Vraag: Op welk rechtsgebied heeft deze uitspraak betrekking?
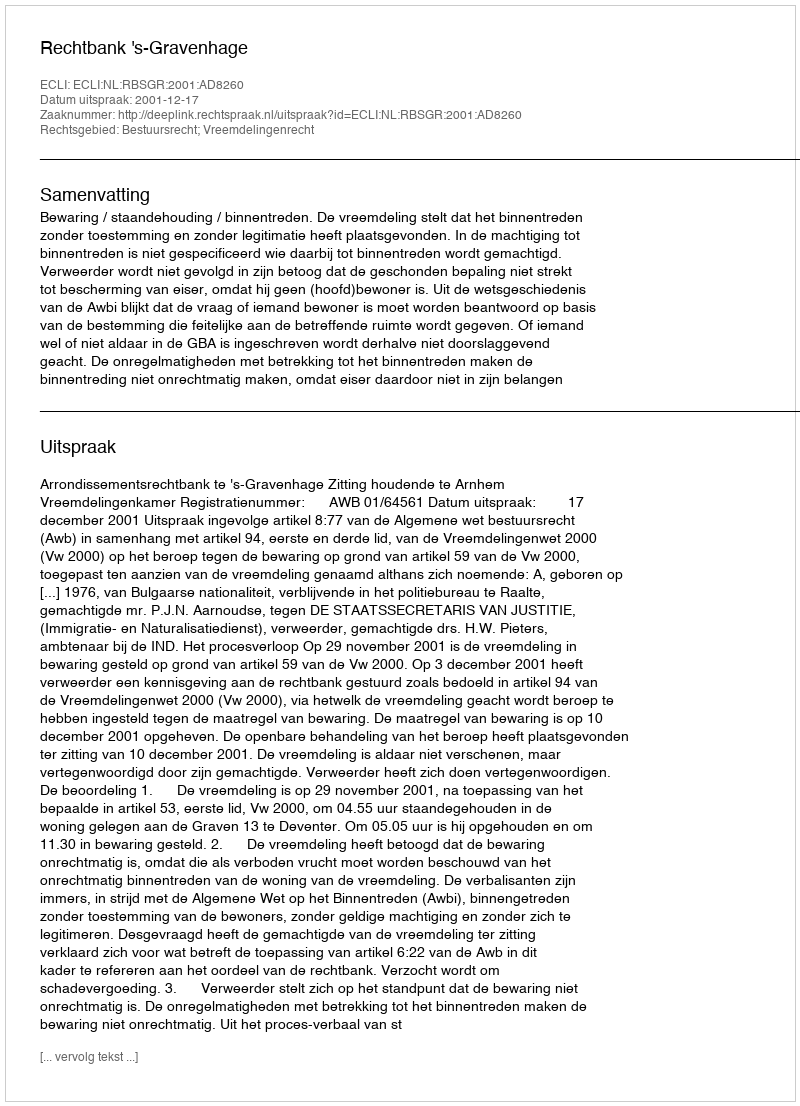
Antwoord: Bestuursrecht; Vreemdelingenrecht